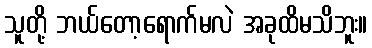
သူတို့ ဘယ်တော့ရောက်မလဲ အခုထိမသိဘူး။